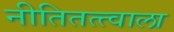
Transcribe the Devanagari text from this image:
नीतितत्त्वाला